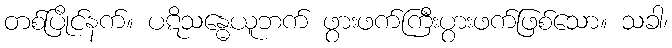
တစ်ပြိုင်နက်။ ပဋိသန္ဓေယူဘက် ဖွားဖက်ကြီးပွားဖက်ဖြစ်သော။ သခါ၊